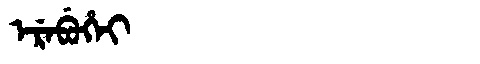
Manchu: ᡝᡵᡝᠪᡠᡥᡝᡳ
Romanization: EREBUHEI